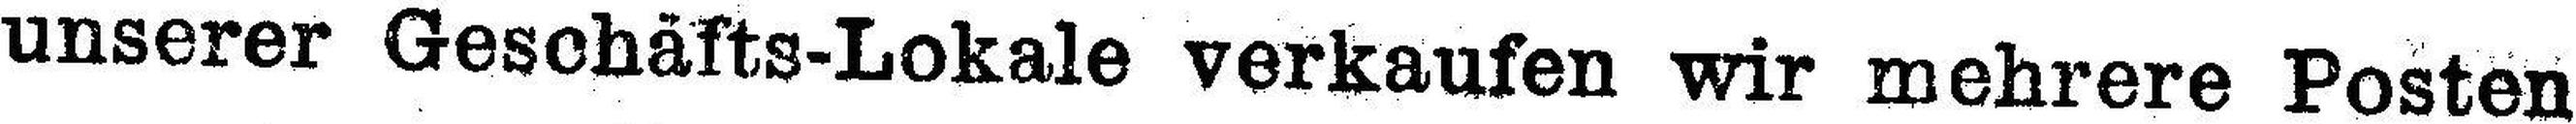
unserer Geschäfts-Lokale verkaufen wir mehrere Posten